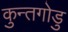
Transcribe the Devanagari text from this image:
कुन्तगोडु